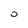
Character: 0